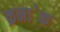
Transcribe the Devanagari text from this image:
क्रमा॓क